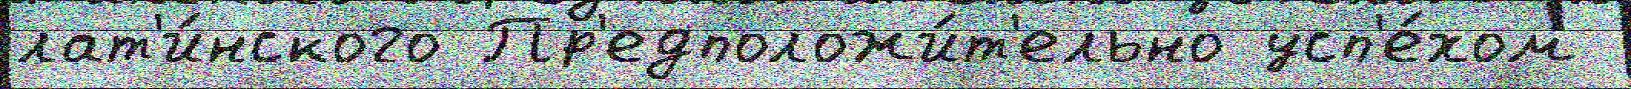
лат'и́нского Пр'едположи́т'ельно усп'е́хом